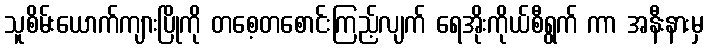
သူစိမ်းယောက်ကျားပြိုကို တစေ့တစောင်းကြည့်လျက် ရေအိုးကိုယ်စီရွက် ကာ အနီးနားမှ